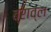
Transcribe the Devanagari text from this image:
ब्राव्ल